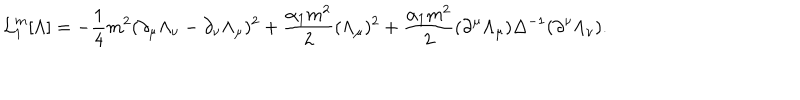
{ \cal L } _ { 1 } ^ { m } { } [ \Lambda ] = - { \frac { 1 } { 4 } } m ^ { 2 } ( \partial _ { \mu } \Lambda _ { \nu } - \partial _ { \nu } \Lambda _ { \mu } ) ^ { 2 } + { \frac { \alpha _ { 1 } m ^ { 2 } } { 2 } } ( \Lambda _ { \mu } ) ^ { 2 } + { \frac { \alpha _ { 1 } m ^ { 2 } } { 2 } } ( \partial ^ { \mu } \Lambda _ { \mu } ) \Delta ^ { - 1 } ( \partial ^ { \nu } \Lambda _ { \nu } ) .